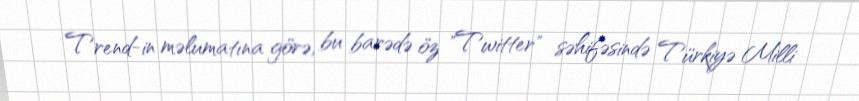
Trend-in məlumatına görə, bu barədə öz "Twitter" səhifəsində Türkiyə Milli